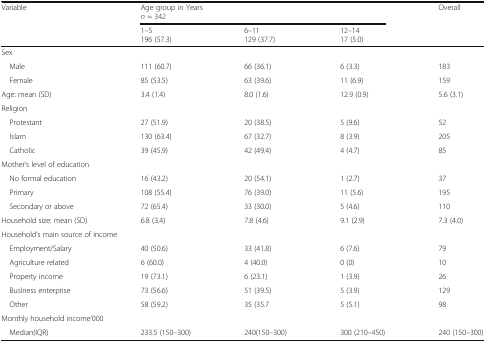
<table><thead><tr><td rowspan="2"><b>Variable</b></td><td colspan="3"><b>Age group in Years<i>n</i> = 342</b></td><td rowspan="2"><b>Overall</b></td></tr><tr><td><b>1–5196 (57.3)</b></td><td><b>6–11129 (37.7)</b></td><td><b>12–1417 (5.0)</b></td></tr></thead><tbody><tr><td colspan="5">Sex</td></tr><tr><td> Male</td><td>111 (60.7)</td><td>66 (36.1)</td><td>6 (3.3)</td><td>183</td></tr><tr><td> Female</td><td>85 (53.5)</td><td>63 (39.6)</td><td>11 (6.9)</td><td>159</td></tr><tr><td>Age: mean (SD)</td><td>3.4 (1.4)</td><td>8.0 (1.6)</td><td>12.9 (0.9)</td><td>5.6 (3.1)</td></tr><tr><td>Religion</td><td></td><td></td><td></td><td></td></tr><tr><td> Protestant</td><td>27 (51.9)</td><td>20 (38.5)</td><td>5 (9.6)</td><td>52</td></tr><tr><td> Islam</td><td>130 (63.4)</td><td>67 (32.7)</td><td>8 (3.9)</td><td>205</td></tr><tr><td> Catholic</td><td>39 (45.9)</td><td>42 (49.4)</td><td>4 (4.7)</td><td>85</td></tr><tr><td colspan="5">Mother’s level of education</td></tr><tr><td> No formal education</td><td>16 (43.2)</td><td>20 (54.1)</td><td>1 (2.7)</td><td>37</td></tr><tr><td> Primary</td><td>108 (55.4)</td><td>76 (39.0)</td><td>11 (5.6)</td><td>195</td></tr><tr><td> Secondary or above</td><td>72 (65.4)</td><td>33 (30.0)</td><td>5 (4.6)</td><td>110</td></tr><tr><td>Household size: mean (SD)</td><td>6.8 (3.4)</td><td>7.8 (4.6)</td><td>9.1 (2.9)</td><td>7.3 (4.0)</td></tr><tr><td colspan="5">Household’s main source of income</td></tr><tr><td> Employment/Salary</td><td>40 (50.6)</td><td>33 (41.8)</td><td>6 (7.6)</td><td>79</td></tr><tr><td> Agriculture related</td><td>6 (60.0)</td><td>4 (40.0)</td><td>0 (0)</td><td>10</td></tr><tr><td> Property income</td><td>19 (73.1)</td><td>6 (23.1)</td><td>1 (3.9)</td><td>26</td></tr><tr><td> Business enterprise</td><td>73 (56.6)</td><td>51 (39.5)</td><td>5 (3.9)</td><td>129</td></tr><tr><td> Other</td><td>58 (59.2)</td><td>35 (35.7</td><td>5 (5.1)</td><td>98</td></tr><tr><td colspan="5">Monthly household income’000</td></tr><tr><td> Median(IQR)</td><td>233.5 (150–300)</td><td>240(150–300)</td><td>300 (210–450)</td><td>240 (150–300)</td></tr></tbody></table>